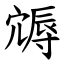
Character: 䢇